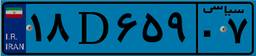
۰۷D۳۶۱۲۲